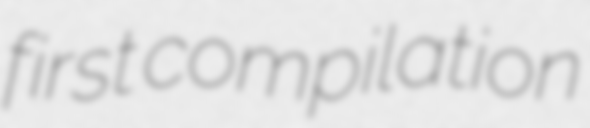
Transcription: first compilation